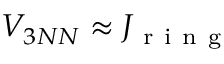
V _ { 3 N N } \approx J _ { \mathrm { ~ r ~ i ~ n ~ g ~ } }